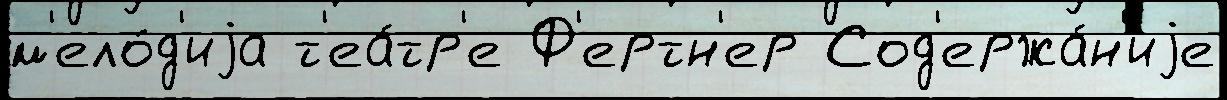
м'ело́д'иjа т'еа́тр'е Ф'ертн'ер Сод'ержа́н'иjе